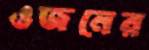
ওজনের